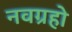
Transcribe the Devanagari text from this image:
नवग्रहो